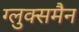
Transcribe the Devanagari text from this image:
ग्लुक्समैन